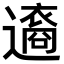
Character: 𨘆